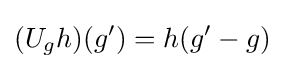
(U_{g}h)(g')=h(g'-g)